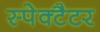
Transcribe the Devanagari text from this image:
स्पेक्टैटर